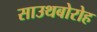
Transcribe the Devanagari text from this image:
साउथबोरोह